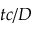
t c / D